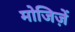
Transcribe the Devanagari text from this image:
मोजिज़ें